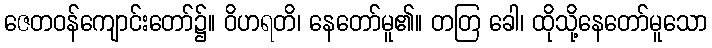
ဇေတဝန်ကျောင်းတော်၌။ ဝိဟရတိ၊ နေတော်မူ၏။ တတြ ခေါ၊ ထိုသို့နေတော်မူသော